Lunatic asylums United Provinces 1909-1921 - 1909-1921
Year: 1909
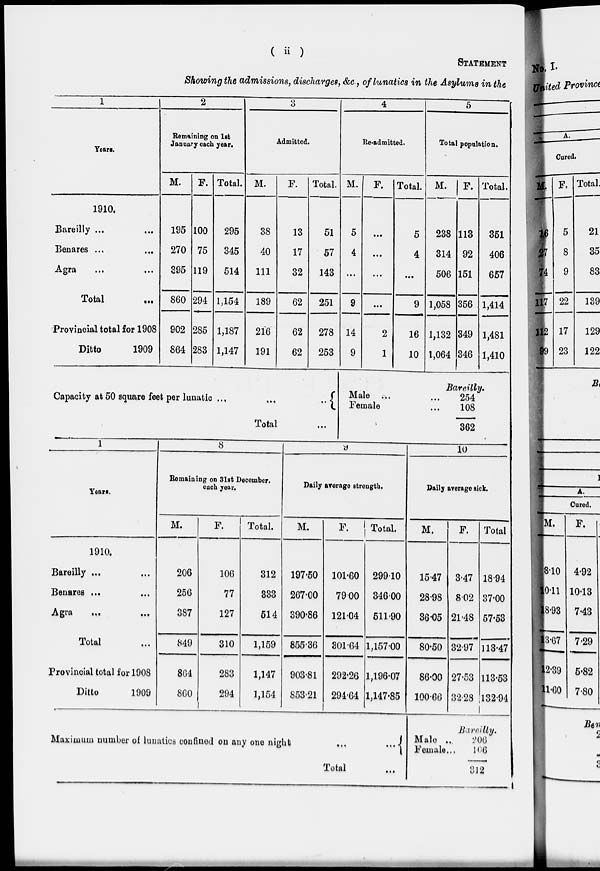
( ii )
STATEMENT
Showing the admissions, discharges, &c, of lunatics in the Asylums in the
1
Years.
1910.
Bareilly ...
...
Benares
...
...
Agra ... ...
Total ...
Provincial total for 1908
Ditto
1909
2
Remaining on 1st
January each year.
M.
195
270
395
860
902
864
F.
100
75
119
294
285
283
Total.
295
345
514
1,154
1,187
1,147
3
Admitted.
M.
38
40
111
189
216
191
F.
13
17
32
62
62
62
Total.
51
57
143
251
278
253
4
Re-admitted.
M.
5
4
...
9
14
9
F.
...
...
...
...
2
1
Total.
5
4
...
9
16
10
5
Total population.
M.
238
314
506
1,058
1,132
1,064
F.
113
92
151
356
349
346
Total.
351
406
657
1,414
1,481
1,410
Capacity at 50 square feet per lunatic
... ... ...
Total
...
Bareilly.
Male ... ...
Female ...
254
108
362
1
Years.
1910.
Bareilly ... ...
Benares ... ...
Agra
...
...
Total ...
Provincial total for 1908
Ditto
1909
8
Remaining on 31st December.
each year.
M.
206
256
387
849
864
860
F.
106
77
127
310
283
294
Total.
312
333
514
1,159
1,147
1,154
9
Daily average strength,
M.
197.50
267.00
390.86
855.36
903.81
853.21
F.
101.60
79.00
121.04
301.64
292.26
294.64
Total.
299.10
346.00
511.90
1,157.00
1,196.07
1,147.85
Maximum number of lunatics confined on any one night
...
...
Total ...
10
Daily average sick.
M.
15.47
28.98
36.05
80.50
86.00
100.66
F.
3.47
8.02
21.48
32.97
27.53
32.28
Total
18.94
37.00
57.53
113.47
113.53
132.94
Bareilly.
Male ...
Female ...
206
106
312